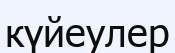
күйеулер